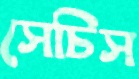
সেচিস